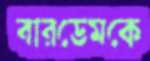
বারডেমকে